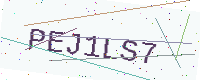
Text: PEJ1LS7